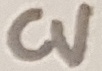
Text: CV